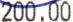
200.00